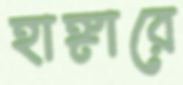
হাঙ্গারে